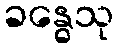
ခန္ဓေသု